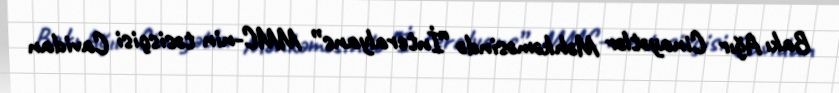
Bakı Ağır Cinayətlər Məhkəməsində “İnteralyans” MMC-nin təsisçisi Cavidan